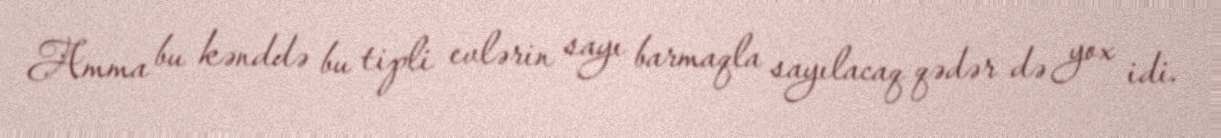
Amma bu kənddə bu tipli evlərin sayı barmaqla sayılacaq qədər də yox idi.